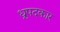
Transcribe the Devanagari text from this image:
ध्रुपदकार